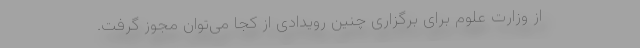
از وزارت علوم برای برگزاری چنین رویدادی از کجا می‌توان مجوز گرفت.